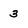
Character: 3